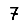
Digit: 7